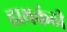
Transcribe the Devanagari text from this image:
हाथकंठी